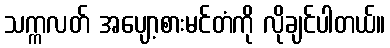
သက္ကလတ် အပျော့စားမင်တံကို လိုချင်ပါတယ်။